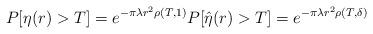
LaTeX: \begin{align*}P[\eta(r)>T]=e^{-\pi\lambda r^2\rho(T,1)} P[\hat{\eta}(r)>T]=e^{-\pi\lambda r^2\rho(T,\delta)}\end{align*}